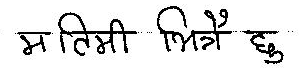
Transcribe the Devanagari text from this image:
म तिमी भित्रै छु